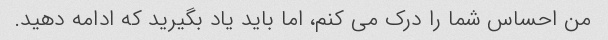
من احساس شما را درک می کنم، اما باید یاد بگیرید که ادامه دهید.